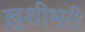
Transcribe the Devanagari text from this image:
ख़ुशीभरी